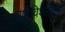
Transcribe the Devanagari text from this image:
वर्णविश्लेषण